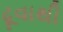
ઢૂવાથી